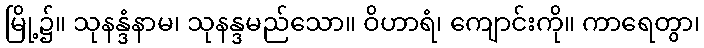
မြို့၌။ သုနန္ဒံနာမ၊ သုနန္ဒမည်သော။ ဝိဟာရံ၊ ကျောင်းကို။ ကာရေတွာ၊